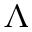
\Lambda